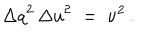
LaTeX: { \Delta q } ^ { 2 } \, { \Delta u } ^ { 2 } \; = \; \nu ^ { 2 } \, .